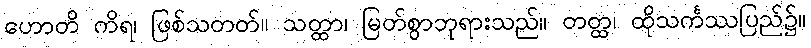
ဟောတိ ကိရ၊ ဖြစ်သတတ်။ သတ္ထာ၊ မြတ်စွာဘုရားသည်။ တတ္ထ၊ ထိုသင်္ကဿပြည်၌။